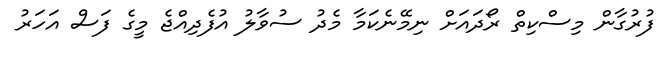
ފުރުގާން މިސްކިތް ރޯދައަށް ނިމޭނެކަމާ މެދު ސުވާލު އުފެދިއްޖެ މީގެ ފަސް އަހަރު